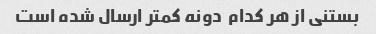
بستنی از هر کدام  دونه کمتر ارسال شده است